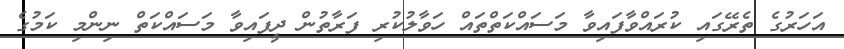
އަހަރުގެ ތެރޭގައި ކުރައްވާފައިވާ މަސައްކަތްތައް ހަވާލުކުރި ފަރާތުން ދީފައިވާ މަސައްކަތް ނިންމި ކަމުގެ